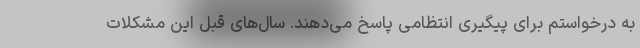
به درخواستم برای پیگیری انتظامی پاسخ می‌دهند. سال‌های قبل این مشکلات